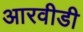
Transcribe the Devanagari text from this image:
आरवीडी